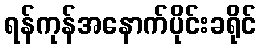
ရန်ကုန်အနောက်ပိုင်းခရိုင်